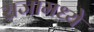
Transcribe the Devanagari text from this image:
राजामध्ये